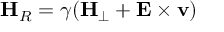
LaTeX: { \bf H } _ { R } = \gamma ( { \bf H } _ { \perp } + { \bf E } \times { \bf v } )